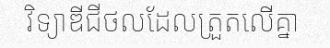
វិទ្យាឌីជីថលដែលត្រួតលើគ្នា